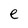
Character: e